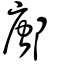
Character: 鄌